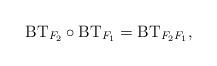
LaTeX: \begin{align*}\mathrm{BT}_{F_2}\circ\mathrm{BT}_{F_1}=\mathrm{BT}_{F_2F_1},\end{align*}